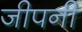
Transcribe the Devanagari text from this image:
जीपनी